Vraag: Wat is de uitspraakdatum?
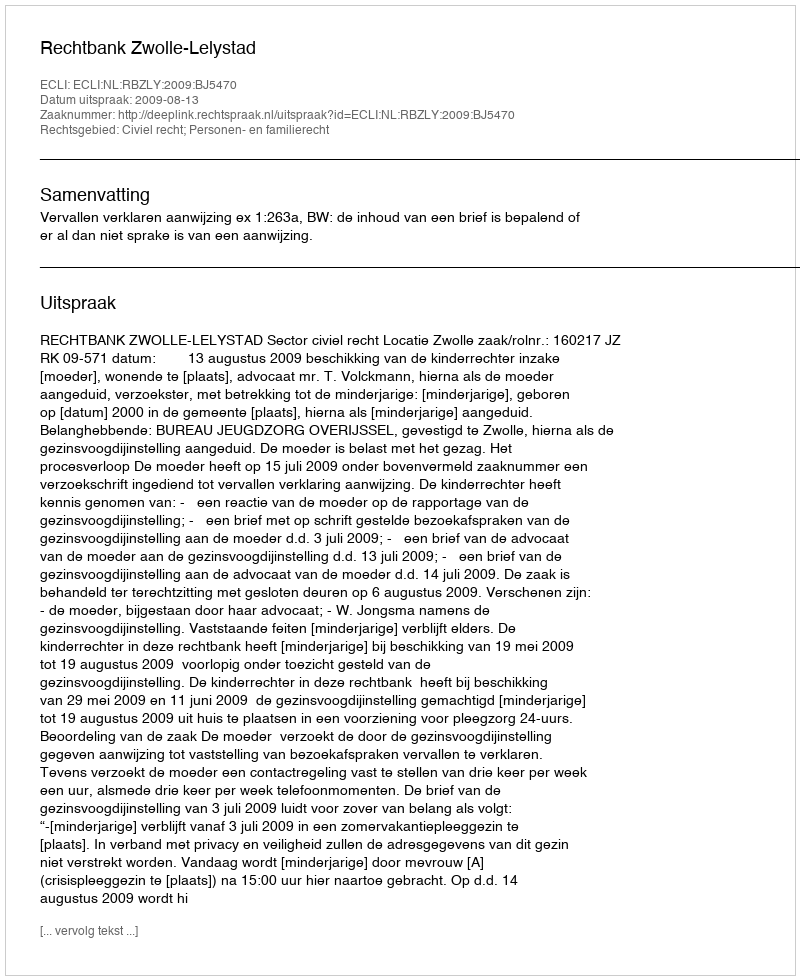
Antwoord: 2009-08-13